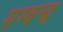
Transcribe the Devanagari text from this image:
सम्बन्द्ध